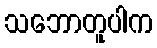
သဘောတူပါက